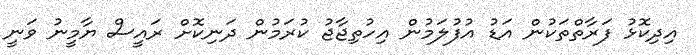
އިދިކޮޅު ފަރާތްތަކުން އަޑު އުފުލަމުން އިހުތިޖާޖު ކުރަމުން ދަނިކޮށް ރައީސް ޔާމީނު ވަނީ